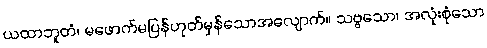
ယထာဘူတံ၊ မဖောက်မပြန်ဟုတ်မှန်သောအလျောက်။ သဗ္ဗသော၊ အလုံးစုံသော